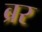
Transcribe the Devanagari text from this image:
ब्रर